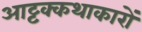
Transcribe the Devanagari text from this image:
आट्टक्कथाकारों